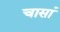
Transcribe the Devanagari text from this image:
चासां